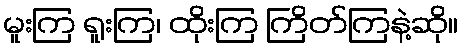
မူးကြ ရူးကြ၊ ထိုးကြ ကြိတ်ကြနဲ့ဆို။